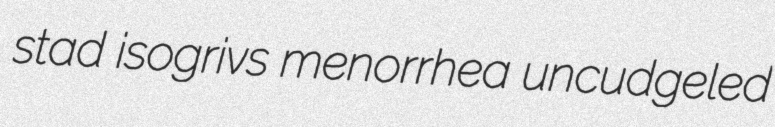
stad isogrivs menorrhea uncudgeled